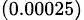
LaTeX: _{(0.00025)}